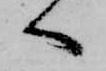
へ